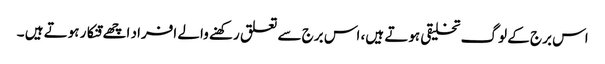
اس برج کے لوگ تخلیقی ہوتے ہیں، اس برج سے تعلق رکھنے والے افراد اچھے قنکار ہوتے ہیں ۔